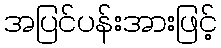
အပြင်ပန်းအားဖြင့်